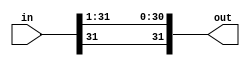
module right_shift1(in, out);

	input [31:0] in;
	output [31:0] out;
	
	// perform 1-bit right arithmetic shift
	
	assign out[0] = in[1];
	assign out[1] = in[2];
	assign out[2] = in[3];
	assign out[3] = in[4];
	assign out[4] = in[5];
	assign out[5] = in[6];
	assign out[6] = in[7];
	assign out[7] = in[8];
	assign out[8] = in[9];
	assign out[9] = in[10];
	assign out[10] = in[11];
	assign out[11] = in[12];
	assign out[12] = in[13];
	assign out[13] = in[14];
	assign out[14] = in[15];
	assign out[15] = in[16];
	assign out[16] = in[17];
	assign out[17] = in[18];
	assign out[18] = in[19];
	assign out[19] = in[20];
	assign out[20] = in[21];
	assign out[21] = in[22];
	assign out[22] = in[23];
	assign out[23] = in[24];
	assign out[24] = in[25];
	assign out[25] = in[26];
	assign out[26] = in[27];
	assign out[27] = in[28];
	assign out[28] = in[29];
	assign out[29] = in[30];
	assign out[30] = in[31];
	
	// extend MSD
	
	assign out[31] = in[31];
	

endmodule